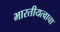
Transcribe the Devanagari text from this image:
भारतीयत्वाचा